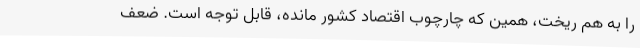
را به هم ریخت، همین که چارچوب اقتصاد کشور مانده، قابل توجه است. ضعف